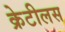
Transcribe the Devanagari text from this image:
क्रेटीलस